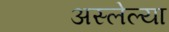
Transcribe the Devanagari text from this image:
अस्लेल्या